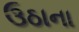
ઉઠાના